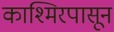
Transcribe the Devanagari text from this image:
काश्मिरपासून